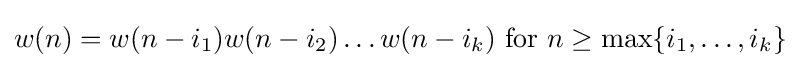
w(n)=w(n-i_{1})w(n-i_{2})\ldots w(n-i_{k}){\text{ for }}n\geq \max\{i_{1},\ldots ,i_{k}\}